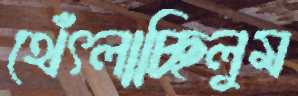
থেঁৎলাচ্ছিলুম